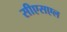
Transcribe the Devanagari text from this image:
सीएसएल